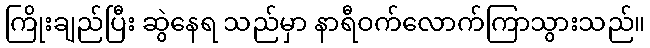
ကြိုးချည်ပြီး ဆွဲနေရ သည်မှာ နာရီဝက်လောက်ကြာသွားသည်။